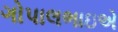
ગોપાલભાઇએ